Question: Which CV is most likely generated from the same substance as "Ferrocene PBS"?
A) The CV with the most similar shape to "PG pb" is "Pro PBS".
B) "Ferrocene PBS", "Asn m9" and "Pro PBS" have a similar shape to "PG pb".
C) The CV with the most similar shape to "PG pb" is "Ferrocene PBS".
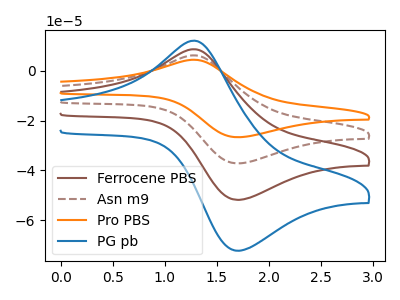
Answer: <think>The brown curve "Ferrocene PBS" has an anodic peak at (1.25V, 8.70uA) and a cathodic peak at (1.70V, -51.90uA). The brown dashed curve "Asn m9" has an anodic peak at (1.25V, 17.45uA) and a cathodic peak at (1.70V, -103.80uA). The orange curve "Pro PBS" has an anodic peak at (1.25V, 26.15uA) and a cathodic peak at (1.70V, -155.70uA). The blue curve "PG pb" has an anodic peak at (1.25V, 12.15uA) and a cathodic peak at (1.70V, -72.40uA).
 All the peaks in "Ferrocene PBS" have a peak in "Asn m9" at the same potential. Every peak in "Ferrocene PBS" is lower than every peak in "Asn m9". All the peaks in "Ferrocene PBS" have a peak in "Pro PBS" at the same potential. Every peak in "Ferrocene PBS" is lower than every peak in "Pro PBS". All the peaks in "Ferrocene PBS" have a peak in "PG pb" at the same potential. Every peak in "Ferrocene PBS" is lower than every peak in "PG pb". All the peaks in "Asn m9" have a peak in "Pro PBS" at the same potential. Every peak in "Asn m9" is lower than every peak in "Pro PBS". All the peaks in "Asn m9" have a peak in "PG pb" at the same potential. Every peak in "Asn m9" is higher than every peak in "PG pb". All the peaks in "Pro PBS" have a peak in "PG pb" at the same potential. Every peak in "Pro PBS" is higher than every peak in "PG pb".</think>
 <answer>B) "Ferrocene PBS", "Asn m9" and "Pro PBS" have a similar shape to "PG pb".</answer>
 <eval>B</eval>